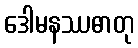
ဒေါမနဿဓာတု